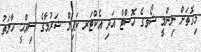
މިގޮތަށް ނިންމީ ޝޯވގެ ހޮސްޓް އަދި އެކްޓަރ ކަޕިލް ޝަރުމާގެ ސިއްޙީ ހާލަތު